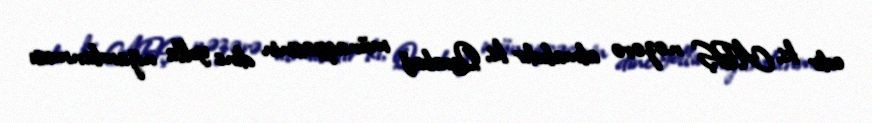
edir ki, ABŞ nəzərə almalıdır ki, Qarabağ münaqişəsinin dinc yolla nizamlanması